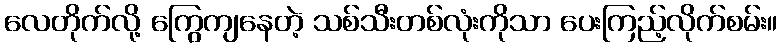
လေတိုက်လို့ ကြွေကျနေတဲ့ သစ်သီးတစ်လုံးကိုသာ ပေးကြည့်လိုက်စမ်း။